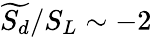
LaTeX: \widetilde{S_{d}}/S_{L}\sim-2